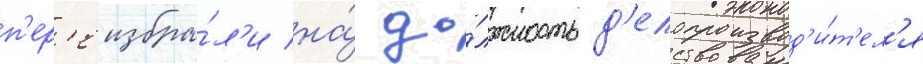
п'ер'еизбра́л'и на́ до́лжность д'елопроизвод'и́т'ел'я